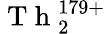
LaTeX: \mathrm{~T~h~}_{2}^{179+}